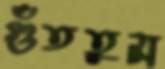
গুঁততুম